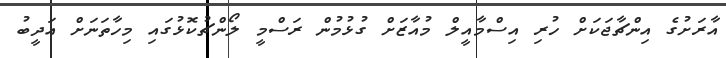
އާރަށުގެ އިންޗާޖަކަށް ހުރި އިސްމާއީލް މުއާޒަށް ގުޅުމުން ރަސްމީ ލޯންޗުކޮޅުގައި މިހާތަނަށް އަދީބު